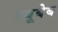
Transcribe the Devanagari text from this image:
क्यूबेब